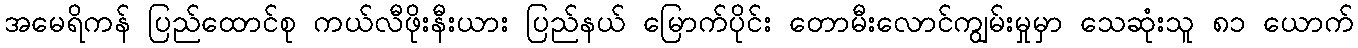
အမေရိကန် ပြည်ထောင်စု ကယ်လီဖိုးနီးယား ပြည်နယ် မြောက်ပိုင်း တောမီးလောင်ကျွမ်းမှုမှာ သေဆုံးသူ ၈၁ ယောက်